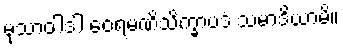
မုသာဝါဒါ ဝေရမဏိသိက္ခာပဒံ သမာဒိယာမိ။